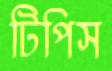
টিপিস